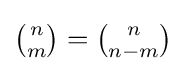
{\textstyle {\binom {n}{m}}={\binom {n}{n-m}}}